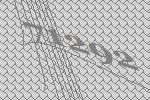
71292